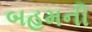
બહમની